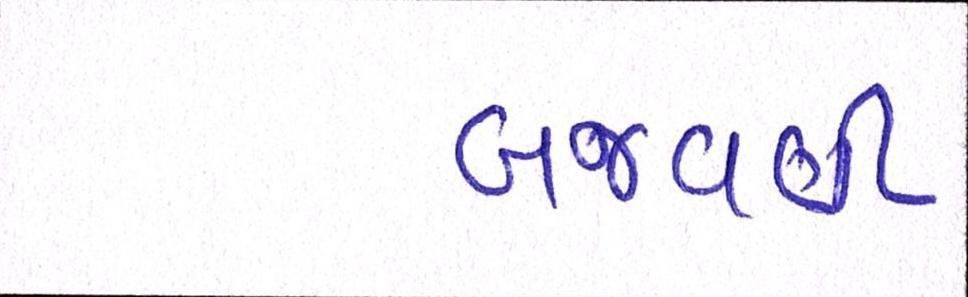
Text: બજવણી